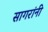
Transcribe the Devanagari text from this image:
सागरांनी